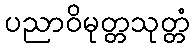
ပညာဝိမုတ္တသုတ္တံ